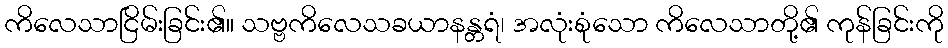
ကိလေသာငြိမ်းခြင်း၏။ သဗ္ဗကိလေသခယာနန္တရံ၊ အလုံးစုံသော ကိလေသာတို့၏ ကုန်ခြင်းကို